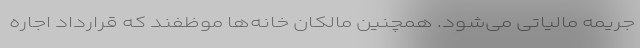
جریمه مالیاتی می‌شود. همچنین مالکان خانه‌ها موظفند که قرارداد اجاره